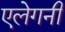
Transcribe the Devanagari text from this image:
एलेगनी